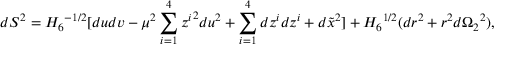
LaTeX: d S ^ { 2 } = { H _ { 6 } } ^ { - 1 / 2 } [ d u d v - \mu ^ { 2 } \sum _ { i = 1 } ^ { 4 } { z ^ { i } } ^ { 2 } d u ^ { 2 } + \sum _ { i = 1 } ^ { 4 } d z ^ { i } d z ^ { i } + d \tilde { x } ^ { 2 } ] + { H _ { 6 } } ^ { 1 / 2 } ( d r ^ { 2 } + r ^ { 2 } d { \Omega _ { 2 } } ^ { 2 } ) ,